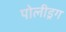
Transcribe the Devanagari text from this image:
पोलीड्रग